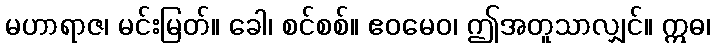
မဟာရာဇ၊ မင်းမြတ်။ ခေါ၊ စင်စစ်။ ဧဝမေဝ၊ ဤအတူသာလျှင်။ ဣဓ၊